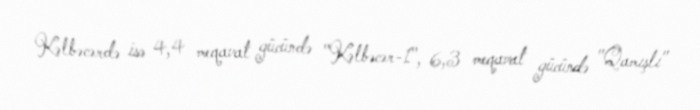
Kəlbəcərdə isə 4,4 meqavat gücündə "Kəlbəcər-1", 6,3 meqavat gücündə "Qamışlı"